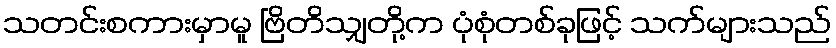
သတင်းစကားမှာမူ ဗြိတိသျှတို့က ပုံစုံတစ်ခုဖြင့် သက်များသည်